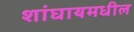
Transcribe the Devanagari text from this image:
शांघायमधील